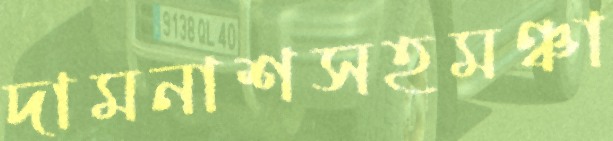
দামনাশসহমঞ্চা